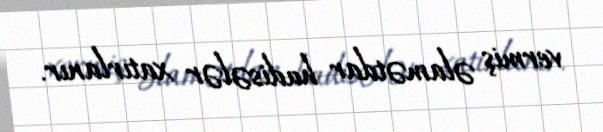
vermiş əlamətdar hadisələr xatırlanır.